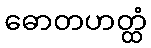
ဓောတဟတ္ထံ